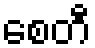
စေတီ